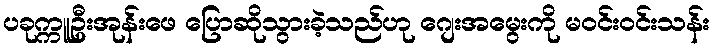
ပခုက္ကူဦးအုန်းဖေ ပြောဆိုသွားခဲ့သည်ဟု ဂျေးအမွေးကို မဝင်းဝင်းသန်း